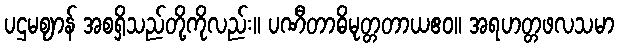
ပဌမဈာန် အစရှိသည်တို့ကိုလည်း။ ပဏီတာဓိမုတ္တတာယဧဝ။ အရဟတ္တဖလသမာ